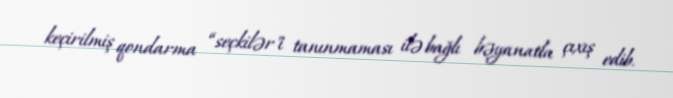
keçirilmiş qondarma “seçkilər"i tanınmaması ilə bağlı bəyanatla çıxış edib.